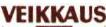
VEIKKAUS